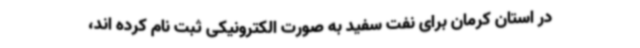
در استان کرمان برای نفت سفید به صورت الکترونیکی ثبت نام کرده اند،